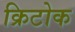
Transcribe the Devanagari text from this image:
क्रिटोक